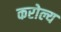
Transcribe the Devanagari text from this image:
करोल्य